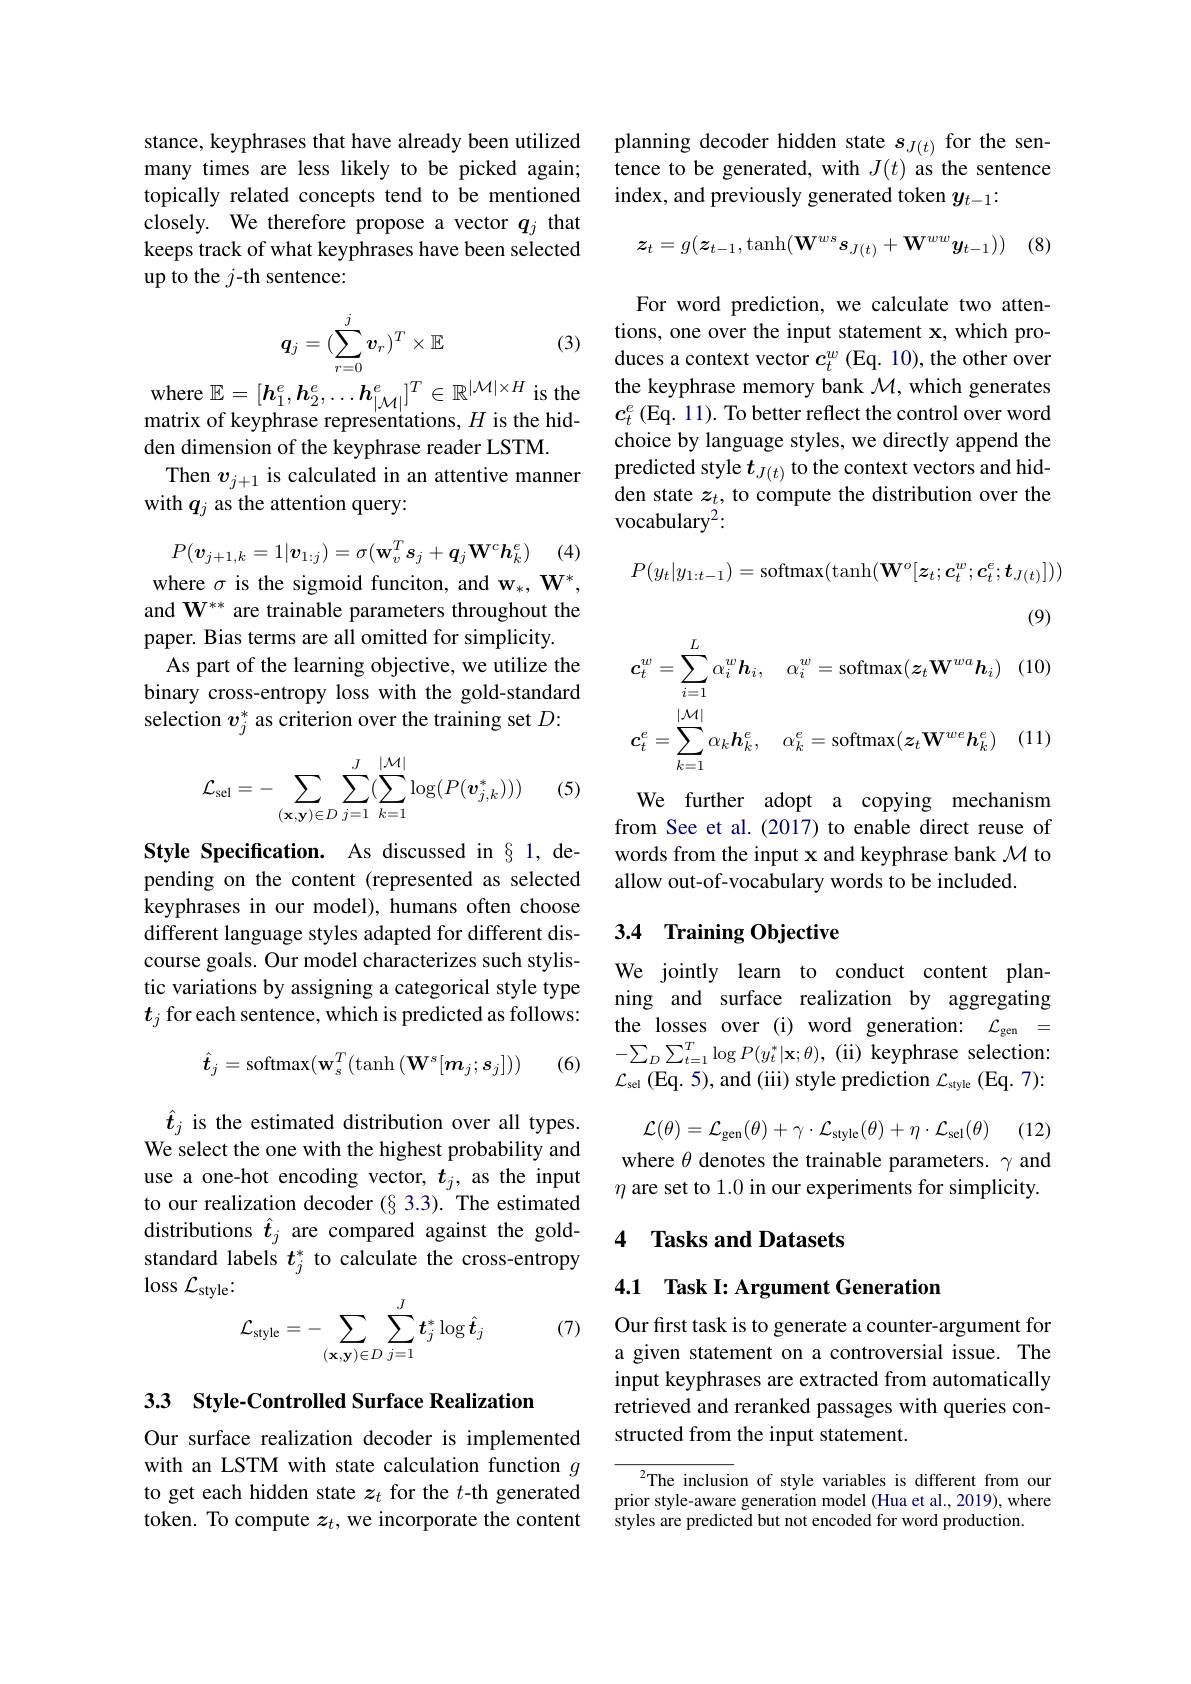
stance, keyphrases that have already been utilized many times are less likely to be picked again; topically related concepts tend to be mentioned closely. We therefore propose a vector $q_j$ that keeps track of what keyphrases have been selected up to the $j$-th sentence:
$$q_j=(\sum_{r=0}^jv_r)^T\times\mathbb{E}$$
(3)

where $\mathbb{E}=[\boldsymbol{h}_1^e,\boldsymbol{h}_2^e,\ldots\boldsymbol{h}_{|\mathcal{M}|}^e]^T\in\mathbb{R}^{|\mathcal{M}|\times H}$ is the matrix of keyphrase representations, $H$ is the hidden dimension of the keyphrase reader LSTM.
Then $v_{j+1}$ is calculated in an attentive manner
with $q_j$ as the attention query:

(4)
$$P(\boldsymbol{v}_{j+1,k}=1|\boldsymbol{v}_{1:j})=\sigma(\mathbf{w}_v^T\boldsymbol{s}_j+\boldsymbol{q}_j\mathbf{W}^c\boldsymbol{h}_k^e)$$
where $\sigma$ is the sigmoid funciton, and w$_*,\mathbf{W}^*$,

and W$^{**}$ are trainable parameters throughout the
paper. Bias terms are all omitted for simplicity.
As part of the learning objective, we utilize the binary cross-entropy loss with the gold-standard selection $v_j^*$ as criterion over the training set $D:$
$$\mathcal{L}_{\mathrm{sel}}=-\sum_{(\mathbf{x},\mathbf{y})\in D}\sum_{j=1}^{J}(\sum_{k=1}^{|\mathcal{M}|}\log(P(\boldsymbol{v}_{j,k}^{*})))$$
(5)

Style Specification. As discussed in§1, depending on the content (represented as selected keyphrases in our model), humans often choose different language styles adapted for different discourse goals. Our model characterizes such stylistic variations by assigning a categorical style type $t_j$ for each sentence, which is predicted as follows:
$$\hat{\boldsymbol{t}}_j=\mathrm{softmax}(\mathbf{w}_s^T(\mathrm{tanh}\left(\mathbf{W}^s[\boldsymbol{m}_j;s_j]\right))$$
(6)

$\hat{t}_{j}$ is the estimated distribution over all types. We select the one with the highest probability and use a one-hot encoding vector, $t_j$, as the input to our realization decoder (§ 3.3). The estimated distributions $\hat{t}_j$ are compared against the goldstandard labels $t_j^*$ to calculate the cross-entropy $\log\mathcal{L}_{\mathrm{style}}:$
$$\mathcal{L}_{\mathrm{style}}=-\sum_{(\mathbf{x},\mathbf{y})\in D}\sum_{j=1}^{J}\boldsymbol{t}_{j}^{*}\log\hat{\boldsymbol{t}}_{j}$$
(7)

33 Style-Controlled Surface Realization

Our surface realization decoder is implemented with an LSTM with state calculation function $g$ to get each hidden state $z_t$ for the $t$-th generated token. To compute $z_t$, we incorporate the content

planning decoder hidden state $s_{J(t)}$ for the sentence to be generated, with $J(t)$ as the sentence index, and previously generated token $y_{t-1}$:

(8)
$$z_t=g(z_{t-1},\tanh(\mathbf{W}^{ws}s_{J(t)}+\mathbf{W}^{ww}\boldsymbol{y}_{t-1}))$$
For word prediction, we calculate two attentions, one over the input statement x, which produces a context vector $c_t^w$ (Eq. 10), the other over the keyphrase memory bank $\mathcal{M}$, which generates $c_t^e$ (Eq. 11). To better reflect the control over word choice by language styles, we directly append the predicted style $t_{J(t)}$ to the context vectors and hidden state $z_t$, to compute the distribution over the vocabulary$^2:$
$$P(y_t|y_{1:t-1})=\mathrm{softmax}(\mathrm{tanh}(\mathbf{W}^o[\boldsymbol{z}_t;\boldsymbol{c}_t^w;\boldsymbol{c}_t^e;\boldsymbol{t}_{J(t)}]))$$
(9)
$$c_{t}^{w}=\sum_{i=1}^{L}\alpha_{i}^{w}\boldsymbol{h}_{i},\quad\alpha_{i}^{w}=\mathrm{softmax}(\boldsymbol{z}_{t}\mathbf{W}^{wa}\boldsymbol{h}_{i})\quad(1\\c_{t}^{e}=\sum_{k=1}^{|\mathcal{M}|}\alpha_{k}\boldsymbol{h}_{k}^{e},\quad\alpha_{k}^{e}=\mathrm{softmax}(\boldsymbol{z}_{t}\mathbf{W}^{we}\boldsymbol{h}_{k}^{e})\quad(1$$
We further adopt a copying mechanism from See et al.(2017) to enable direct reuse of words from the input x and keyphrase bank $\mathcal{M}$ to allow out-of-vocabulary words to be included.

## 3.4 Training Objective

We jointly learn to conduct content planning and surface realization by aggregating the losses over (i) word generation: $\mathcal{L}_\mathrm{gen}=$ $-\sum_{D}\sum_{t=1}^{T}\log P(y_{t}^{*}|\mathbf{x};\theta)$,(ii) keyphrase selection: $\mathcal{L}_{\mathrm{sel~}}($Eq. 5), and (iii) style prediction $\mathcal{L}_\mathrm{style~}($Eq. 7):
$$\mathcal{L}(\theta)=\mathcal{L}_{\mathrm{gen}}(\theta)+\gamma\cdot\mathcal{L}_{\mathrm{style}}(\theta)+\eta\cdot\mathcal{L}_{\mathrm{sel}}(\theta)$$
(12)

where $\theta$ denotes the trainable parameters. $\gamma$ and $\eta$ are set to 1.0 in our experiments for simplicity.

## 4 Tasks and Datasets

4.1 Task I: Argument Generation

Our fırst task is to generate a counter-argument for a given statement on a controversial issue. The input keyphrases are extracted from automatically retrieved and reranked passages with queries constructed from the input statement.

$^{2}$The inclusion of style variables is different from our prior style-aware generation model (Hua et al., 2019), where styles are predicted but not encoded for word production.